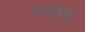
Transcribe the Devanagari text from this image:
पछांई